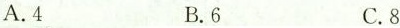
A.4 B.6 C.8